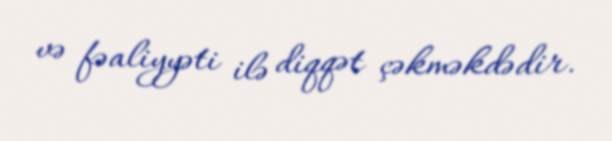
və fəaliyyəti ilə diqqət çəkməkdədir.